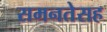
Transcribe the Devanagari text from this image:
समनतेसह